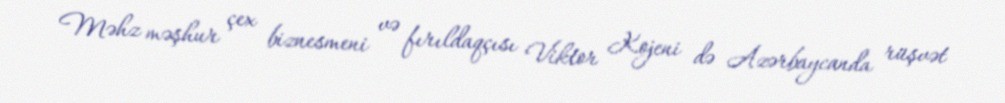
Məhz məşhur çex biznesmeni və fırıldaqçısı Viktor Kojeni də Azərbaycanda rüşvət